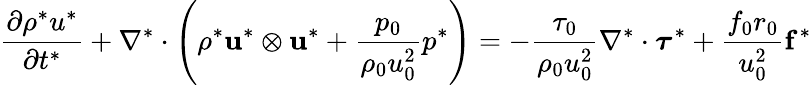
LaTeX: {\frac{\partial\mathbf{\rho}^{*}u^{*}}{\partial t^{*}}}+\nabla^{*}\cdot\left(\rho^{*}\mathbf{u}^{*}\otimes\mathbf{u}^{*}+{\frac{p_{0}}{\rho_{0}u_{0}^{2}}}p^{*}\right)=-{\frac{\tau_{0}}{\rho_{0}u_{0}^{2}}}\nabla^{*}\cdot{\boldsymbol{\tau}}^{*}+{\frac{f_{0}r_{0}}{u_{0}^{2}}}\mathbf{f}^{*}